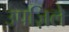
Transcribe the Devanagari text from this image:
उपज़िले